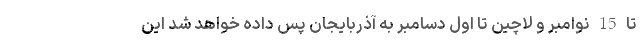
تا 15 نوامبر و لاچین تا اول دسامبر به آذربایجان پس داده خواهد شد این